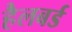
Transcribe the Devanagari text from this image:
हैलबर्ड